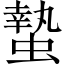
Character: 蟄